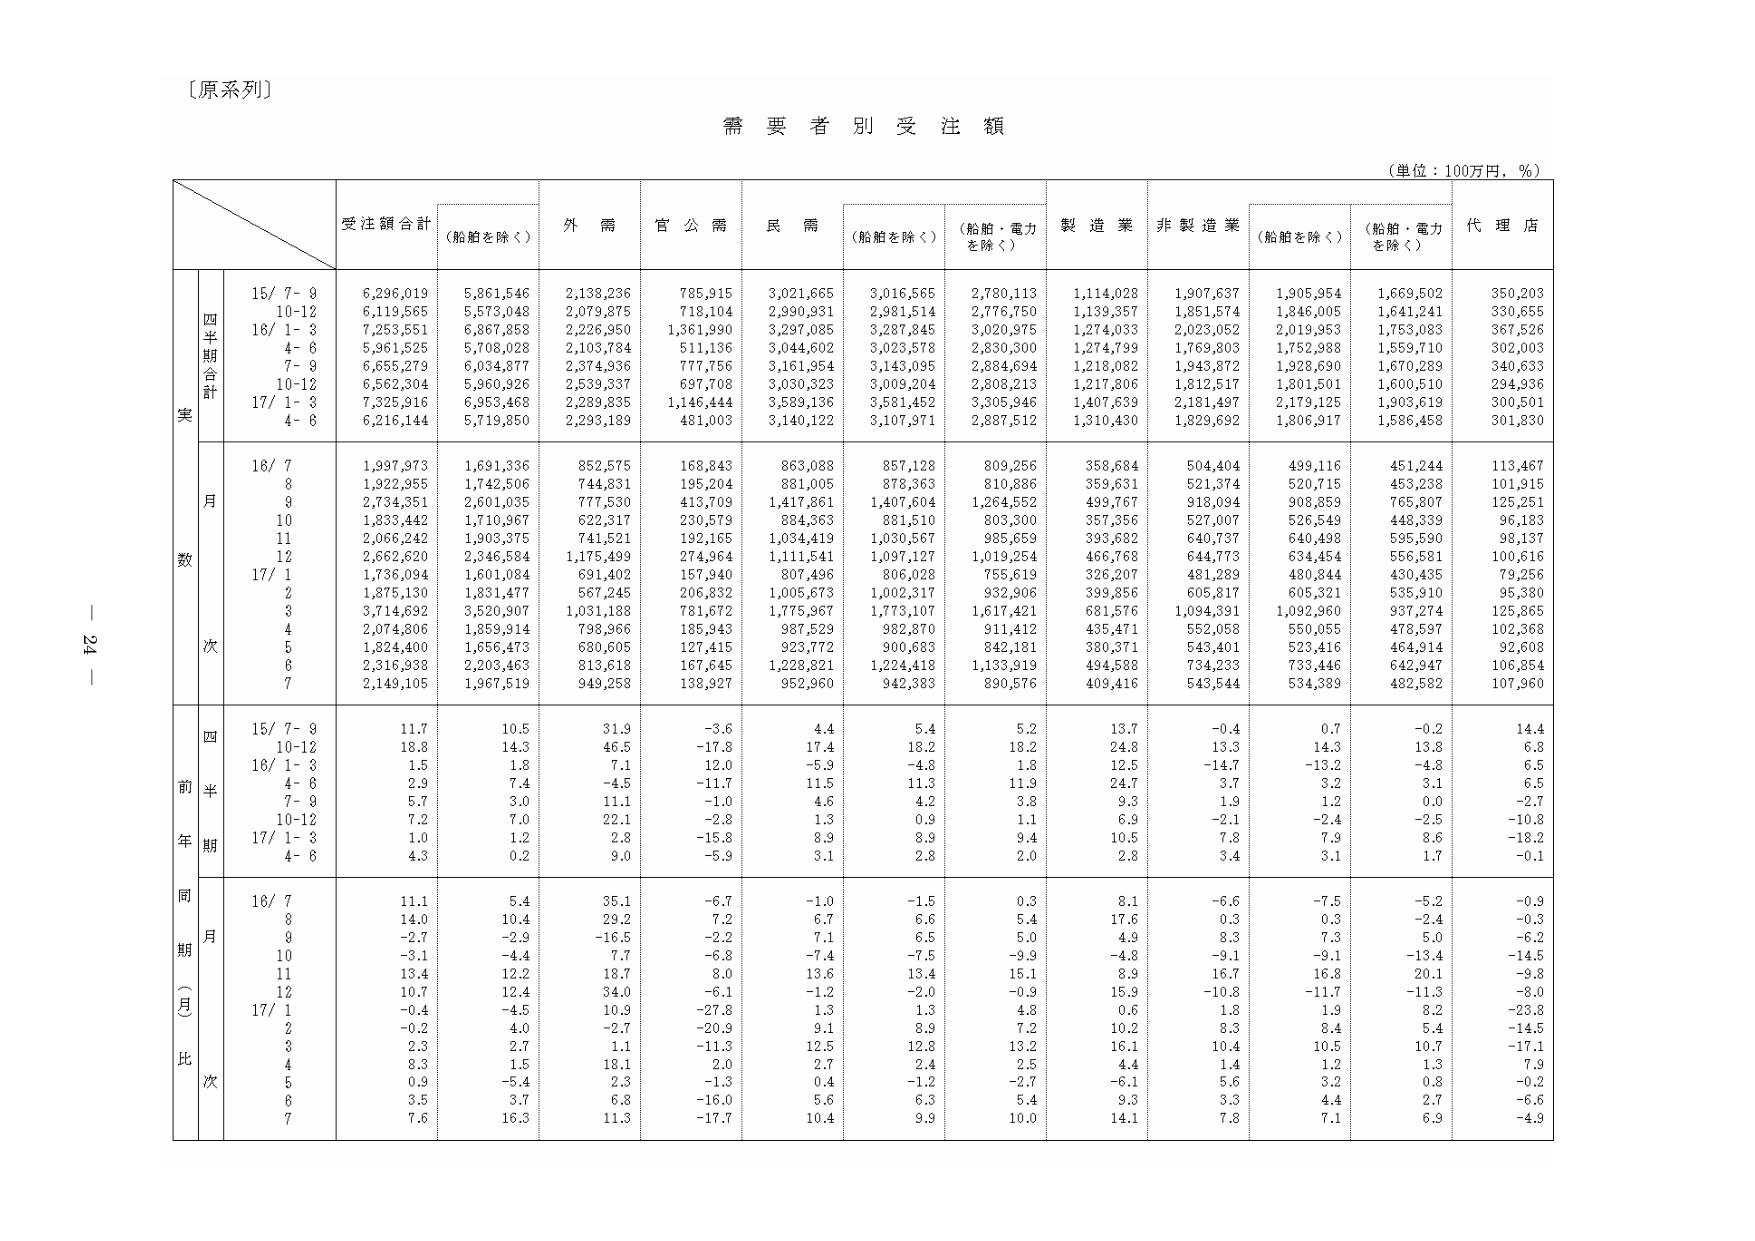
〔原系列〕

需要者別受注額

（単位：100万円，％）

受注額合計
（船舶を除く）
外需
官公需
民需
（船舶を除く）
（船舶・電力を除く）
製造業
非製造業
（船舶を除く）
（船舶・電力を除く）
代理店

四半期合計
実数
15/ 7- 9
6,296,019
5,861,546
2,138,236
785,915
3,021,665
3,016,565
2,780,113
1,114,028
1,907,637
1,905,954
1,669,502
350,203
10-12
6,119,565
5,573,048
2,079,875
718,104
2,990,931
2,981,514
2,776,750
1,139,357
1,851,574
1,846,005
1,641,241
330,655
16/ 1- 3
7,253,551
6,867,858
2,226,950
1,361,990
3,297,085
3,287,845
3,020,975
1,274,033
2,023,052
2,019,953
1,753,083
367,526
4- 6
5,961,525
5,708,028
2,103,784
511,136
3,044,602
3,023,578
2,830,300
1,274,799
1,769,803
1,752,988
1,559,710
302,003
7- 9
6,655,279
6,034,877
2,374,936
777,756
3,161,954
3,143,095
2,884,694
1,218,082
1,943,872
1,928,890
1,670,289
340,633
10-12
6,562,304
5,960,926
2,539,337
697,708
3,030,323
3,009,204
2,808,213
1,217,806
1,812,517
1,801,501
1,600,510
294,936
17/ 1- 3
7,325,916
6,953,468
2,289,835
1,146,444
3,589,136
3,581,452
3,305,946
1,407,639
2,181,497
2,179,125
1,903,619
300,501
4- 6
6,216,144
5,719,850
2,293,189
481,003
3,140,122
3,107,971
2,887,512
1,310,430
1,829,692
1,806,917
1,586,458
301,830

月数
16/ 7
1,997,973
1,691,336
852,575
168,843
863,088
857,128
809,256
358,684
504,404
499,116
451,244
113,467
8
1,922,955
1,742,506
744,831
195,204
881,005
878,363
810,886
359,631
521,374
520,715
453,238
101,915
9
2,734,351
2,601,035
777,530
413,709
1,417,861
1,407,604
1,264,552
499,767
918,094
908,859
765,807
125,251
10
1,833,442
1,710,967
622,317
230,579
884,363
881,510
803,300
357,356
527,007
526,549
448,339
96,183
11
2,066,242
1,903,375
741,521
192,165
1,034,419
1,030,567
985,659
393,682
640,737
640,498
595,590
98,137
12
2,662,620
2,346,584
1,175,499
274,964
1,111,541
1,097,127
1,019,254
466,768
644,773
634,454
556,681
100,616
17/ 1
1,736,094
1,601,084
691,402
157,940
807,496
806,028
755,619
326,207
481,289
480,844
430,435
79,256
2
1,875,130
1,831,477
567,245
206,832
1,005,673
1,002,317
932,906
399,856
605,817
605,321
535,910
95,380
3
3,714,692
3,520,907
1,031,188
781,672
1,775,967
1,773,107
1,617,421
681,576
1,094,391
1,092,960
937,274
125,865
4
2,074,806
1,859,914
798,966
185,943
987,529
982,870
911,412
435,471
552,058
550,055
478,597
102,368
5
1,824,400
1,656,473
680,605
127,415
923,772
900,683
842,181
380,371
543,401
523,416
464,914
92,608
6
2,316,938
2,203,463
813,618
167,645
1,228,821
1,224,418
1,133,919
494,588
734,233
733,446
642,947
106,854
7
2,149,105
1,967,519
949,258
138,927
952,960
942,383
890,576
409,416
543,544
534,389
482,582
107,960

四半期
前年同期比（月次）
15/ 7- 9
11.7
10.5
31.9
-3.6
4.4
5.4
5.2
13.7
-0.4
0.7
-0.2
14.4
10-12
18.8
14.3
46.5
-17.8
17.4
18.2
18.2
24.8
13.3
14.3
13.8
6.8
16/ 1- 3
1.5
1.8
7.1
12.0
-5.9
-4.8
1.8
12.5
-14.7
-13.2
-4.8
6.5
4- 6
2.9
7.4
-4.5
-11.7
11.5
11.3
11.9
24.7
3.7
3.2
3.1
6.5
7- 9
5.7
3.0
11.1
-1.0
4.6
4.2
3.8
9.3
1.9
1.2
0.0
-2.7
10-12
7.2
7.0
22.1
-2.8
1.3
0.9
1.1
6.9
-2.1
-2.4
-2.5
-10.8
17/ 1- 3
1.0
1.2
2.8
-15.8
8.9
8.9
9.4
10.5
7.8
7.9
8.6
-18.2
4- 6
4.3
0.2
9.0
-5.9
3.1
2.8
2.0
2.8
3.4
3.1
1.7
-0.1

同期比（月次）
16/ 7
11.1
5.4
35.1
-6.7
-1.0
-1.5
0.3
8.1
-6.6
-7.5
-5.2
-0.9
8
14.0
10.4
29.2
7.2
6.7
6.6
5.4
17.6
0.3
0.3
-2.4
-0.3
9
-2.7
-2.9
-16.5
-2.2
7.1
6.5
5.0
4.9
8.3
7.3
5.0
-6.2
10
-3.1
-4.4
7.7
-6.8
-7.4
-7.5
-9.9
-4.8
-9.1
-9.1
-13.4
-14.5
11
13.4
12.2
18.7
8.0
13.6
13.4
15.1
8.9
16.7
16.8
20.1
-9.8
12
10.7
12.4
34.0
-6.1
-1.2
-2.0
-0.9
15.9
-10.8
-11.7
-11.3
-8.0
17/ 1
-0.4
-4.5
10.9
-27.8
1.3
1.3
4.8
0.6
1.8
1.9
8.2
-23.8
2
-0.2
4.0
-2.7
-20.9
9.1
8.9
7.2
10.2
8.3
8.4
5.4
-14.5
3
2.3
2.7
1.1
-11.3
12.5
12.8
13.2
16.1
10.4
10.5
10.7
-17.1
4
8.3
1.5
18.1
2.0
2.7
2.4
2.5
4.4
1.4
1.2
1.3
7.9
5
0.9
-5.4
2.3
-1.3
0.4
-1.2
-2.7
-6.1
5.6
3.2
0.8
-0.2
6
3.5
3.7
6.8
-16.0
5.6
6.3
5.4
9.3
3.3
4.4
2.7
-6.6
7
7.6
16.3
11.3
-17.7
10.4
9.9
10.0
14.1
7.8
7.1
6.9
-4.9

— 24 —